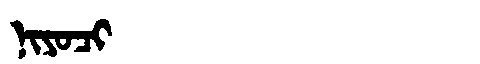
Manchu: ᠨᡳᠶᠣᠴᡳ
Romanization: NIYOCI